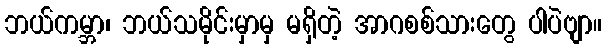
ဘယ်ကမ္ဘာ၊ ဘယ်သမိုင်းမှာမှ မရှိတဲ့ အာဂစစ်သားတွေ ပါပဲဗျာ။